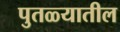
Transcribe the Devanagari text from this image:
पुतळ्यातील